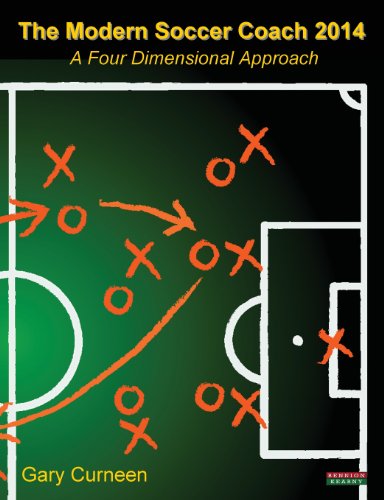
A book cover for The Modern Soccer Coach 2014: A Four Dimensional Approach; Gary Curneen; Sports & Outdoors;